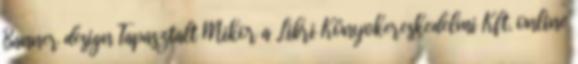
Banner design Tapasztalt Mikor a Libri Könyvkereskedelmi Kft. online